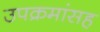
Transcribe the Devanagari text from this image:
उपक्रमांसह